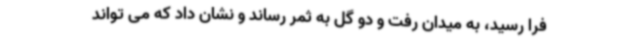
فرا رسید، به میدان رفت و دو گل به ثمر رساند و نشان داد که می تواند